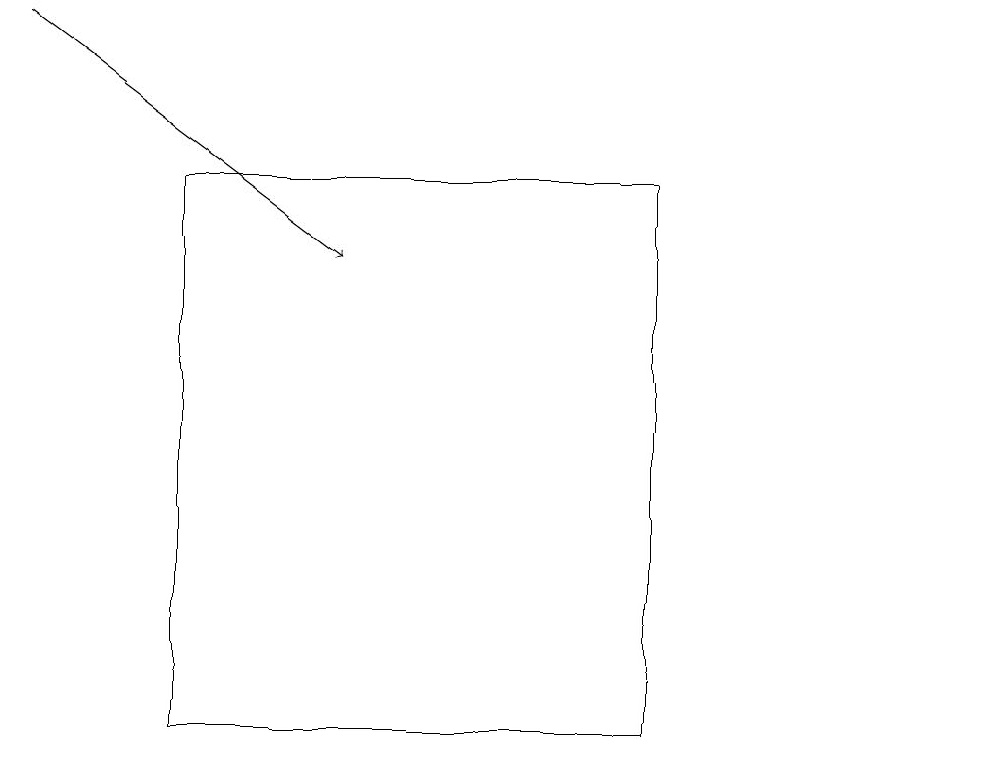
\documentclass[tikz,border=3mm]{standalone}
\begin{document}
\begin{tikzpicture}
\draw (12,10) circle (0);
\draw (2,17) rectangle (8,10);
\draw[->] (0,19) -- (4,16);
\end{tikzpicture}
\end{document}